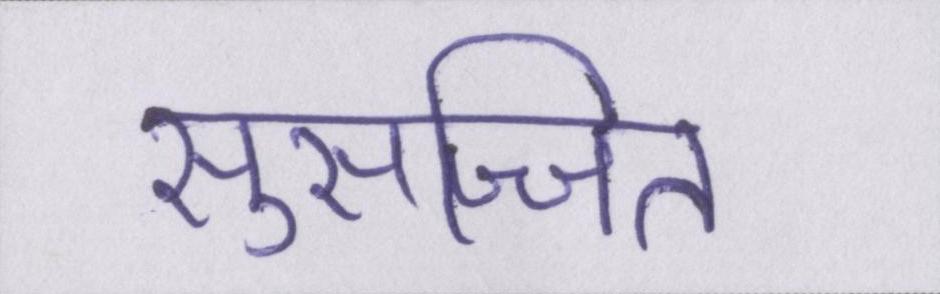
सुसज्जित